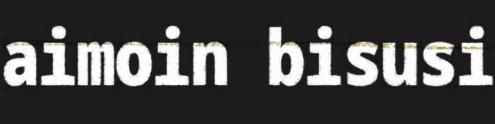
aimoin bisusi